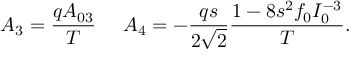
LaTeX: A _ { 3 } = { \frac { q A _ { 0 3 } } { T } } \ \ \ \ A _ { 4 } = - { \frac { q s } { 2 \sqrt 2 } } { \frac { 1 - 8 s ^ { 2 } f _ { 0 } I _ { 0 } ^ { - 3 } } { T } } .